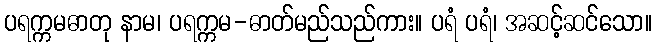
ပရက္ကမဓာတု နာမ၊ ပရက္ကမ-ဓာတ်မည်သည်ကား။ ပရံ ပရံ၊ အဆင့်ဆင်သော။